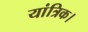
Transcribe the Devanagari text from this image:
यांत्रिक।